Indian Medical Review
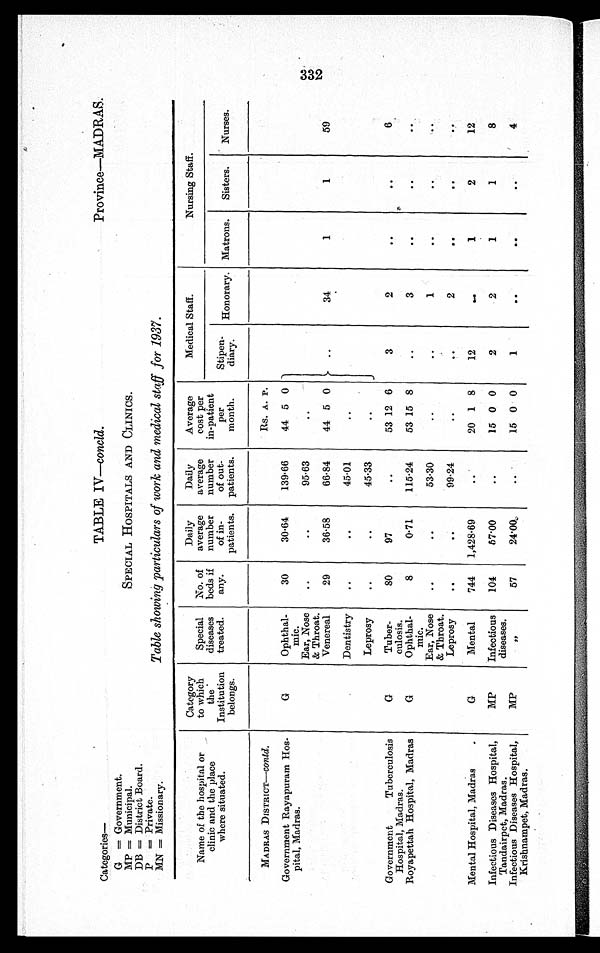
Categories—
TABLE IV—concld.
Province—MADRAS.
G = Government.
MP = Municipal.
SPECIAL HOSPITALS AND CLINICS.
DB = District Board.
P = Private.
MN = Missionary.
Table showing particulars of work and medical staff for 1937.
Name of the hospital or
clinic and the place
where situated.
Category
to which
the
Institution
belongs.
Special
diseases
treated.
No. of
beds if
any.
Daily
average
number
of in-
patients.
Daily
average
number
of out-
patients.
Average
cost per
in-patient
per
month.
Medical Staff.
Nursing Staff.
Stipen-
diary.
Honorary. Matrons.
Sisters.
Nurses.
MADRAS DISTRICT—contd.
Rs. A. P.
Government Rayapuram Hos-
pital, Madras.
G
Ophthal-
mic.
30
30·64
139·66
44 5 0
Ear, Nose
& Throat.
..
..
95·63
..
Venereal
29
36·58
66.84
44 5 0
..
34
1
1
59
Dentistry
..
..
45·01
..
Leprosy
. .
..
45·33
..
Government Tuberculosis
Hospital, Madras.
G
Tuber-
culosis.
80
9
..
53 12 6
3
2
. .
. .
6
Royapettah Hospital, Madras
G
Ophthal-
mic.
8
0·71
115·24
53 15 8
..
3
. .
. .
. .
Ear, Nose
..
. . 53·30
..
..
1
. .
. .
. .
& Throat.
Leprosy
. .
. . 99·24
..
. .
2
. .
. .
. .
Mental Hospital, Madras
G
Mental
744
1,428·69
..
20 1 8
12
. .
1
2
12
Infectious Diseases Hospital,
Tandairpet, Madras.
MP
Infectious
diseases.
104
5 7 · 0 0
..
15 0 0
2
2
1
1
8
Infectious Diseases Hospital,
Krishnampet, Madras.
MP
,,
57
24·00
. .
15 0 0
1
. .
. .
. .
4